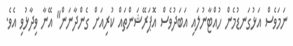
ނަމަވެސް އަޅުގަނޑުމެން ހުއްޓާނުލައި އަބަދުވެސް އޮޕަރޭޝަންތައް ކުރިއަށް ގެންދާނަން" އޭނާ ވިދާޅުވި އެވެ.